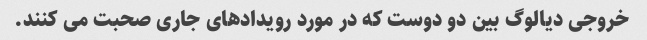
خروجی دیالوگ بین دو دوست که در مورد رویدادهای جاری صحبت می کنند.